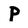
Character: P